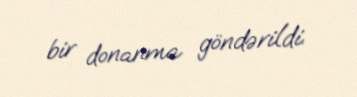
bir donanma göndərildi.